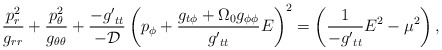
\begin{align*}\frac{p_r^2}{g_{rr}} + \frac{p_\theta^2}{g_{\theta \theta}} +\frac{- {g'}_{tt}}{- \cal D} \left( p_\phi + \frac{g_{t \phi } + \Omega_0 g_{\phi \phi}}{{g'}_{tt}} E \right)^2 = \left( \frac{1}{- {g'}_{tt}} E^2 - \mu^2 \right), \end{align*}